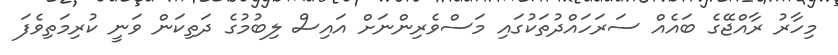
މިހާރު ރާއްޖޭގެ ބައެއް ސަރަހައްދުތަކުގައި މަސްވެރިންނަށް އައިސް ލިބުމުގެ ދަތިކަން ވަނީ ކުރިމަތިވެފަ